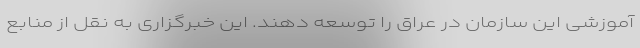
آموزشی این سازمان در عراق را توسعه دهند. این خبرگزاری به نقل از منابع